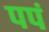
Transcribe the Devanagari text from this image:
पपं